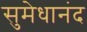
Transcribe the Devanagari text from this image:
सुमेधानंद